Civil Veterinary Dept. Assam report 1927-50 - 1927-1950
Year: 1927
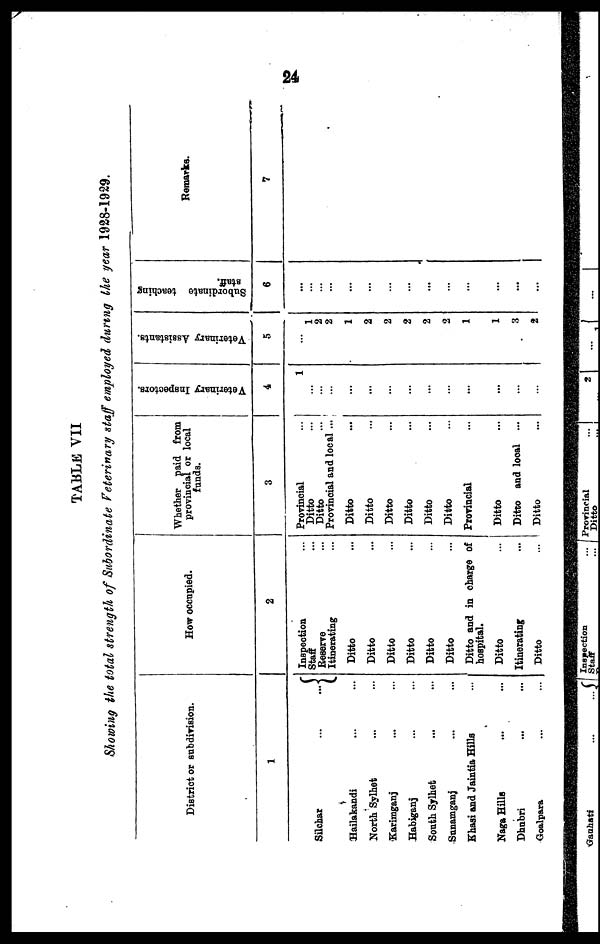
24
TABLE VII
Showing the total strength of Subordinate Veterinary staff employed during the year 1928-1929.
District or subdivision.
1
Silchar
...
...
Hailakandi ... ...
North Sylhet ... ...
Karimganj ... ...
Habiganj ... ...
South Sylhet ... ...
Sunamganj ... ...
Khasi and Jaintia Hills ...
Naga Hills ... ...
Dhubri ... ...
Groalpara ... ...
How occupied.
2
Inspection ...
Staff ...
Reserve ...
Itinerating ...
Ditto ...
Ditto ...
Ditto ...
Ditto ...
Ditto ...
Ditto ...
Ditto and in charge of
hospital.
Ditto ...
Itinerating ...
Ditto ...
Whether paid from
provincial or local
funds.
3
Provincial ...
Ditto ...
Ditto ...
Provincial and local ...
Ditto ...
Ditto ...
Ditto ...
Ditto ...
Ditto ...
Ditto ...
Provincial ...
Ditto ...
Ditto and local ...
Ditto
Veterinary Inspectors.
4
1
...
...
...
...
...
...
...
...
...
...
...
...
Veterinary Assistants.
5
...
1
2
2
1
2
2
2
2
2
1
...
1
3
2
Subordinate teaching
staff.
6
...
...
...
...
...
...
...
...
...
...
...
...
...
...
...
Remarks.
7